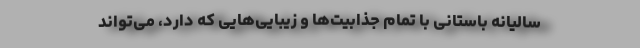
سالیانه باستانی با تمام جذابیت‌ها و زیبایی‌هایی که دارد، می‌تواند